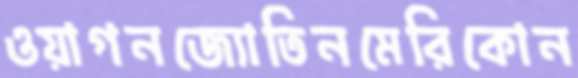
ওয়াগনজ্যোতিনমেরিকোন